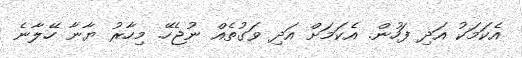
އެކަމަކު އަދި ފަހުން. އެކަމަށް އަދި ވަގުތެއް ނުޖެހޭ. މިހާރު ޔާނާ ހޭލާނެ